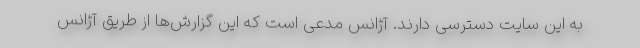
به این سایت دسترسی دارند. آژانس مدعی است که این گزارش‌ها از طریق آژانس